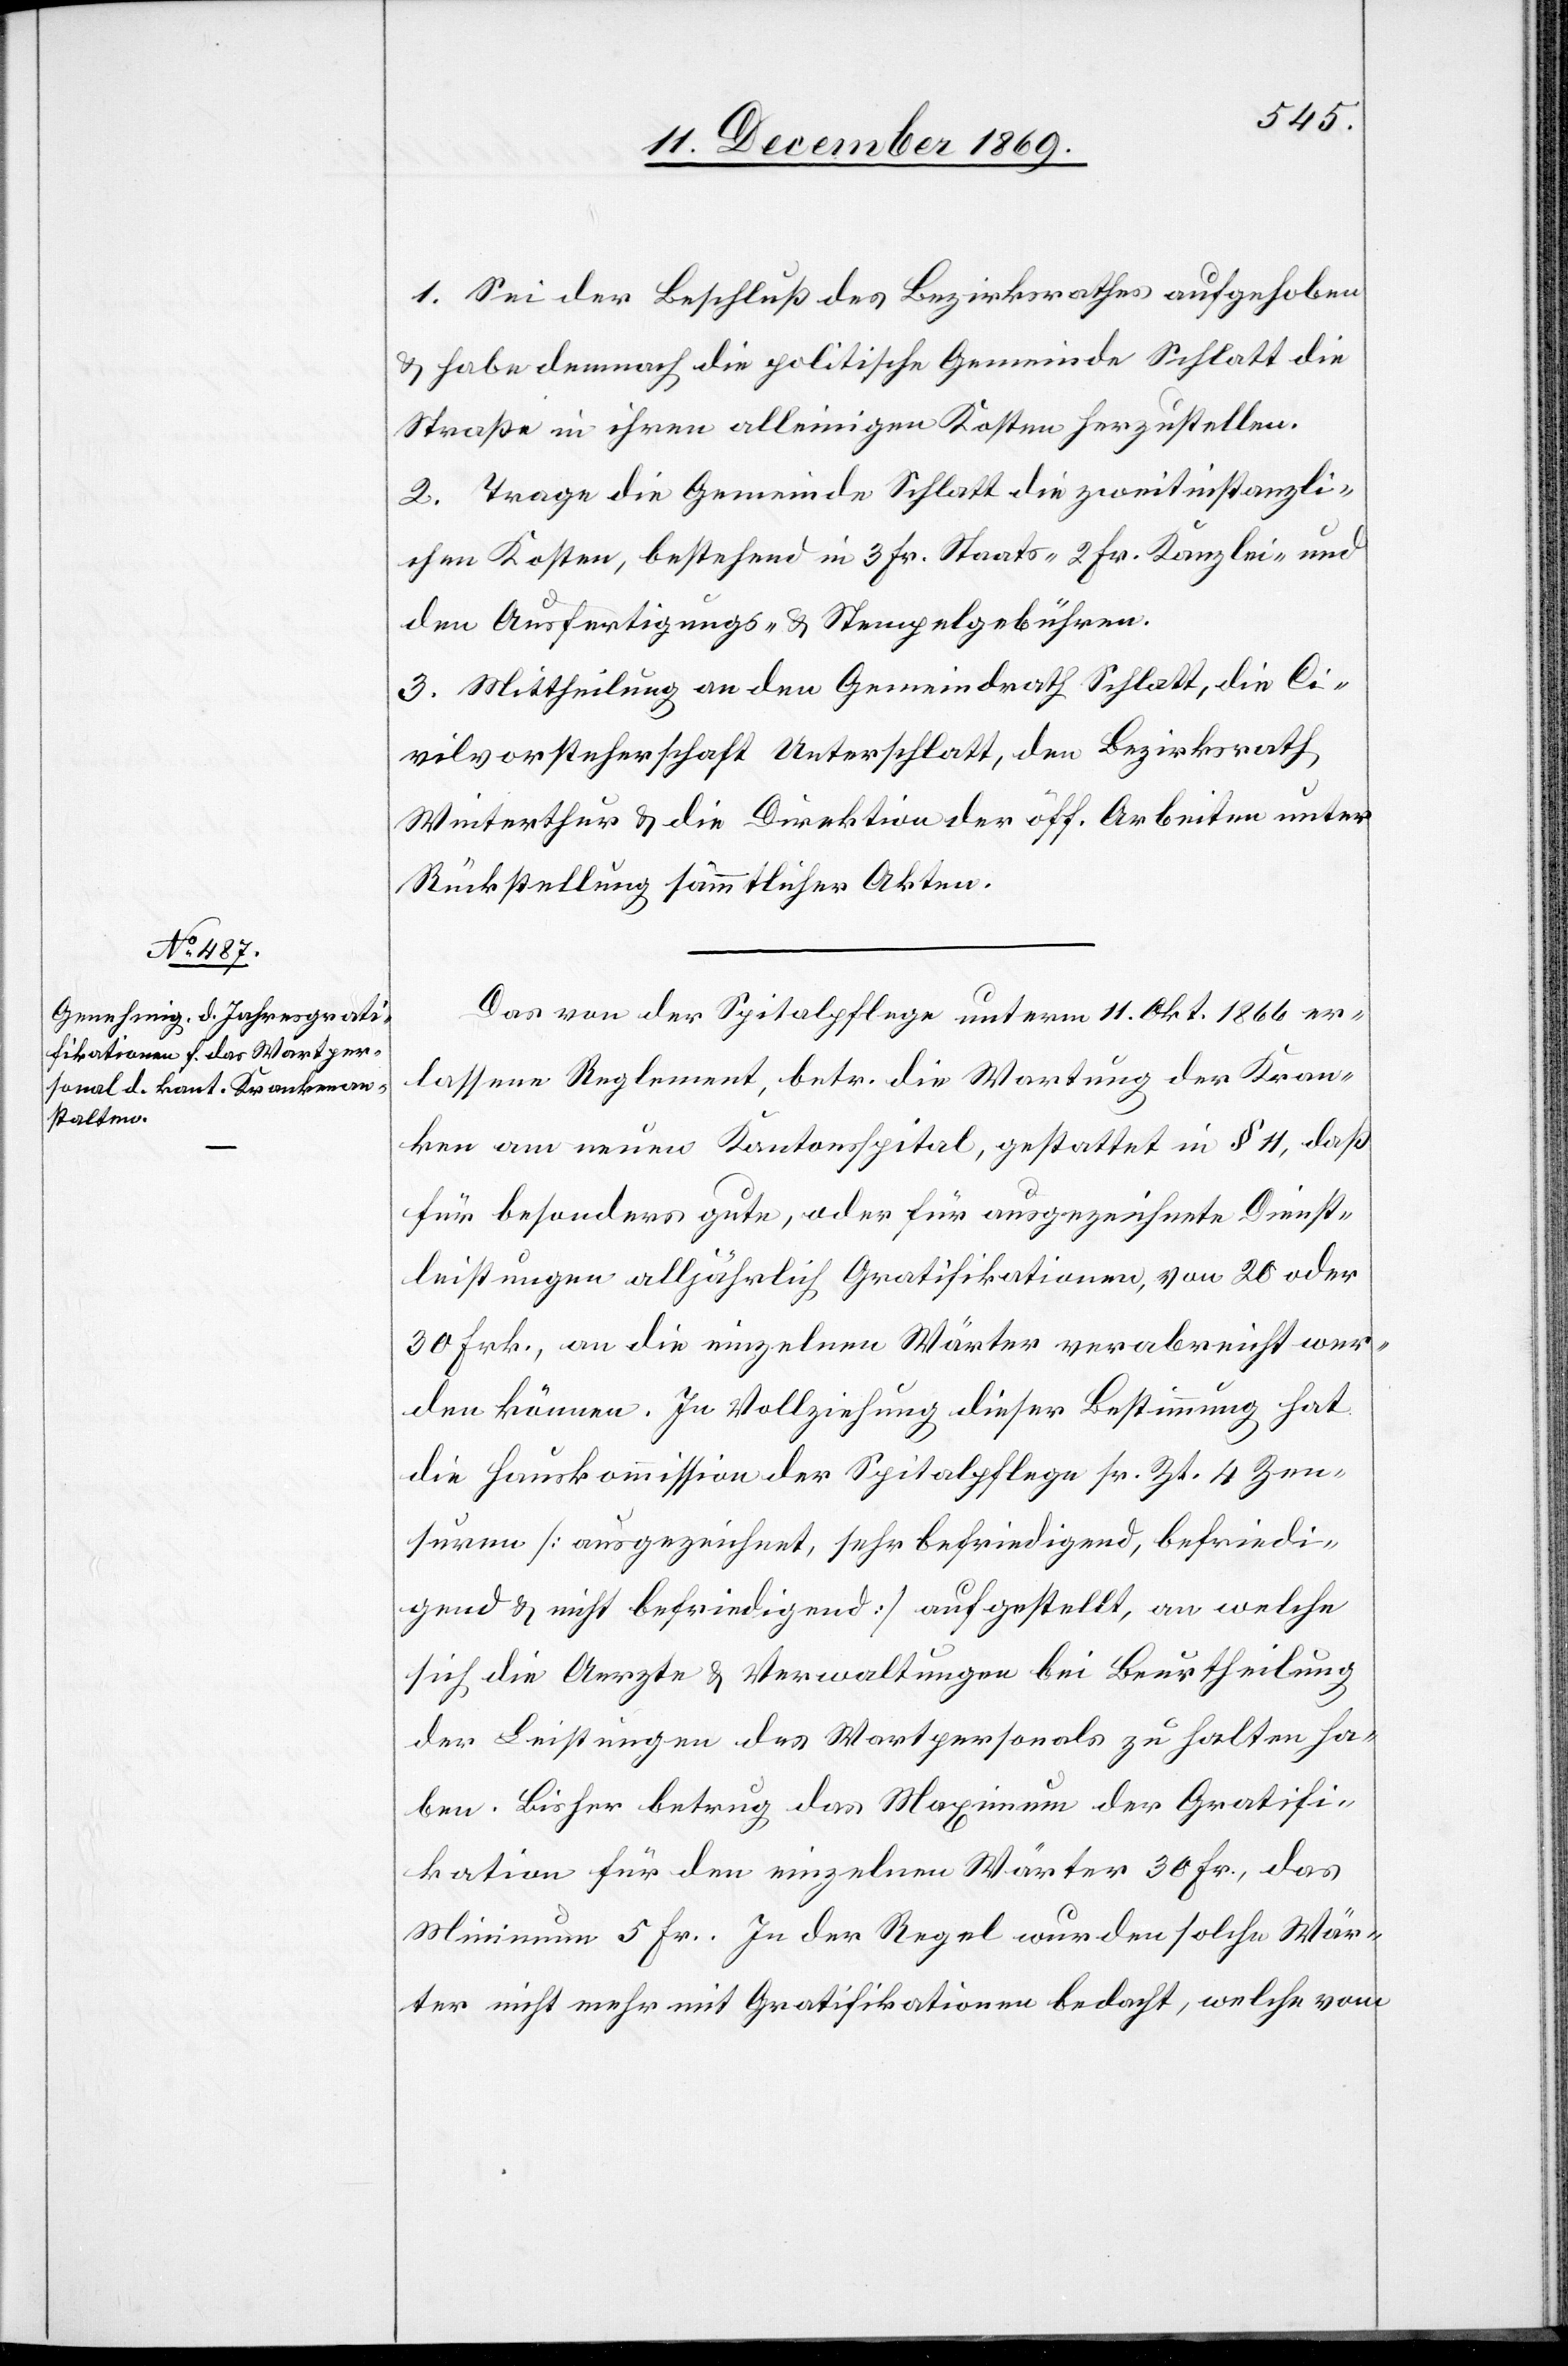
1. Sei der Beschluß des Bezirksrathes aufgehoben
& habe demnach die politische Gemeinde Schlatt die
Straße in ihren alleinigen Kosten herzustellen.
2. Trage die Gemeinde Schlatt die zweitinstanzli¬
chen Kosten, bestehend in 3 Fr. Staats-[,] 2 Fr. Kanzlei- und
den Ausfertigungs- & Stempelgebühren.
3. Mittheilung an den Gemeindrath Schlatt, die Ci¬
vilvorsteherschaft Unterschlatt, den Bezirksrath
Winterthur & die Direktion der öff. Arbeiten unter
Rückstellung sämmtlicher Akten.
Das von der Spitalpflege unterm 11. Okt. 1866 er¬
lassene Reglement, betr. die Wartung der Kran¬
ken am neuen Kantonsspital, gestattet in § 11, daß
für besonders gute, oder für ausgezeichnete Dienst¬
leistungen alljährlich Gratifikationen, von 20 oder
30 Frk., an die einzelnen Wärter verabreicht wer¬
den können. In Vollziehung dieser Bestimmung hat
die Hauskommission der Spitalpflege sr. Zt. 4 Zen¬
suren [ausgezeichnet, sehr befriedigend, befriedi¬
gend & nicht befriedigend] aufgestellt, an welche
sich die Aerzte & Verwaltungen bei Beurtheilung
der Leistungen des Wartpersonals zu halten ha¬
ben. Bisher betrug das Maximum der Gratifi¬
kation für den einzelnen Wärter 30 Frk., das
Minimum 5 Fr. In der Regel wurden solche Wär¬
ter nicht mehr mit Gratifikationen bedacht, welche vom